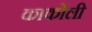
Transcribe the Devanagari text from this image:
काकोली